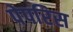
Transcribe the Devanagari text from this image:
पेपरिस